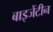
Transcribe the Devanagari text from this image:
बाइजेंटीन